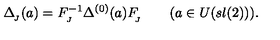
\Delta _ { _ { \! J } } ( a ) = F _ { _ { J } } ^ { - 1 } \Delta ^ { ( 0 ) } ( a ) F _ { _ { \! J } } ^ { } \qquad ( a \in U ( s l ( 2 ) ) ) .